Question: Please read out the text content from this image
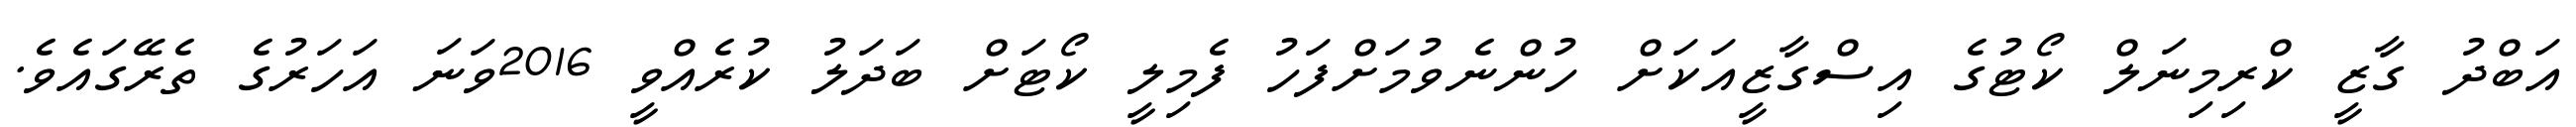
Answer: އަބްދު ގާޒީ ކްރިމިނަލް ކޯޓުގެ އިސްގާޒީއަކަށް ހުންނެވުމަށްފަހު ފެމިލީ ކޯޓަށް ބަދަލު ކުރެއްވީ 2016ވަނަ އަހަރުގެ ތެރޭގައެވެ.